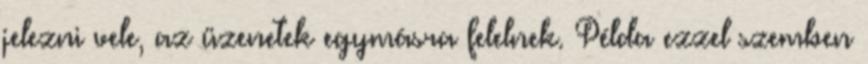
jelezni vele, az üzenetek egymásra felelnek. Példa ezzel szemben